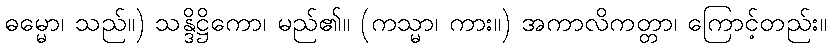
ဓမ္မော၊ သည်။) သန္ဒိဋ္ဌိကော၊ မည်၏။ (ကသ္မာ၊ ကား။) အကာလိကတ္တာ၊ ကြောင့်တည်း။